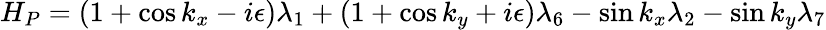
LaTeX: H_{P}=(1+\cos k_{x}-i\epsilon)\lambda_{1}+(1+\cos k_{y}+i\epsilon)\lambda_{6}-\sin k_{x}\lambda_{2}-\sin k_{y}\lambda_{7}